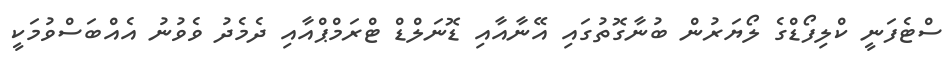
ސްޓެފަނީ ކްލިފޯޑްގެ ލޯޔަރުން ބުނާގޮތުގައި އޭނާއާއި ޑޮނަލްޑް ޓްރަމްޕްއާއި ދެމެދު ވެވުނު އެއްބަސްވުމަކީ